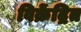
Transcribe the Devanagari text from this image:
विक्रेंद्रित